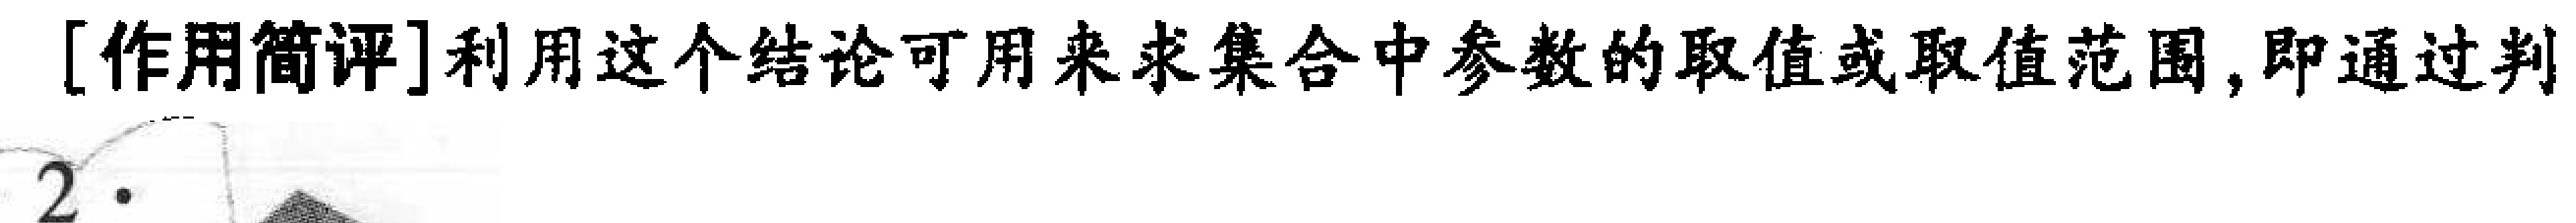
[作用简评]利用这个结论可用来求集合中参数的取值或取值范围,即通过判
2.